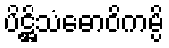
ပိဋ္ဌိသံဓောဝိကမ္ပိ